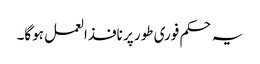
یہ حکم فوری طور پر نافذالعمل ہوگا۔